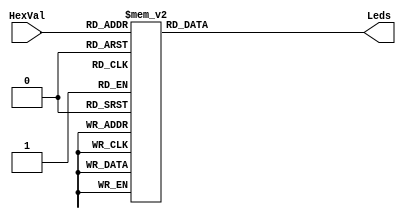
// Luke Cloud
// EE4490 Fall 2019
// Homework 03 3 (a)
// 
// Given: preamble
// Find:  Design a combinational logic circuit for a hexadecimal to 7-segment active
// 		  low decoder. The decoder accepts a single 4-bit input called HexVal and
// 		  provides a 7-bit output called Leds.
//
// Display Segment:  a b c d e f g (active low)
// Leds Output Bit:  0 1 2 3 4 5 6
// 
module Hex27Seg(Leds,HexVal);
	output [0:6] Leds;
	input  [3:0] HexVal;
	reg	   [0:6] Leds;

	// assign output to Leds
    always @(*)
		case(HexVal)
			4'h0: Leds = 7'b000_0001; // 0
			4'h1: Leds = 7'b100_1111; // 1
			4'h2: Leds = 7'b001_0010; // 2
			4'h3: Leds = 7'b000_0110; // 3
			4'h4: Leds = 7'b100_1100; // 4
			4'h5: Leds = 7'b010_0100; // 5
			4'h6: Leds = 7'b010_0000; // 6
			4'h7: Leds = 7'b000_1111; // 7
			4'h8: Leds = 7'b000_0000; // 8
			4'h9: Leds = 7'b000_0100; // 9
			4'hA: Leds = 7'b000_1000; // A
			4'hB: Leds = 7'b110_0000; // B
			4'hC: Leds = 7'b011_0001; // C
			4'hD: Leds = 7'b100_0010; // D
			4'hE: Leds = 7'b011_0000; // E
			4'hF: Leds = 7'b010_0000; // G // changed from // 7'b011_1000; // F
			default: Leds = 7'b111_1111; // all off
		endcase
endmodule